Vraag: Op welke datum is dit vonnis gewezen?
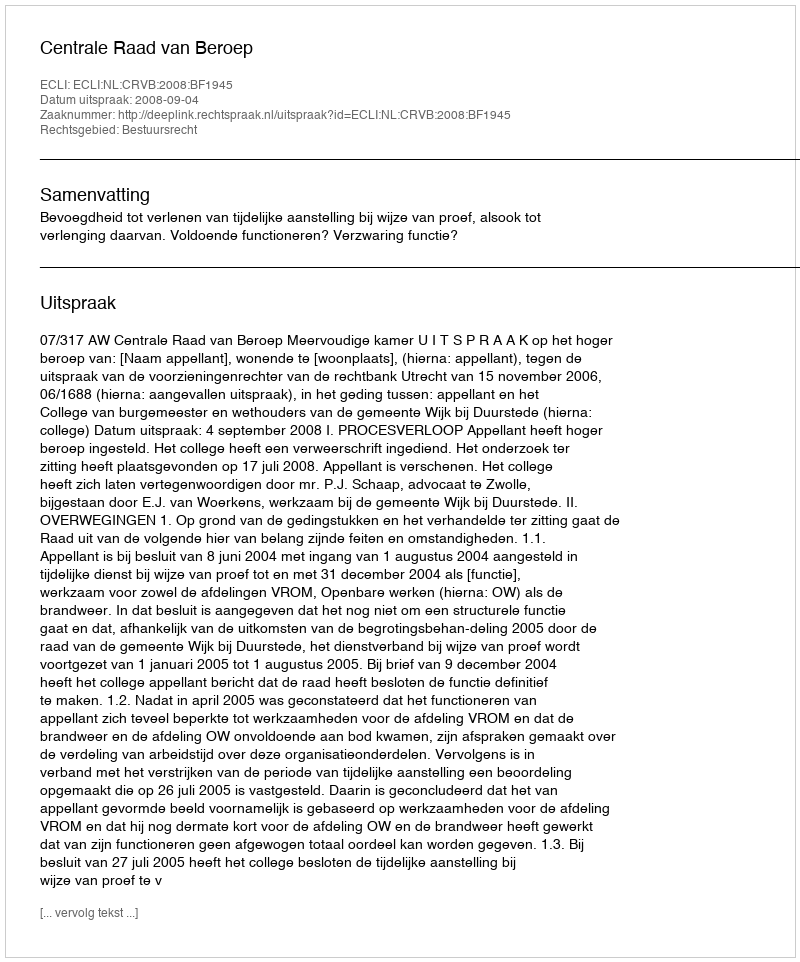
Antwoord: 2008-09-04